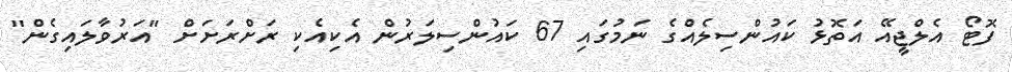
ފޮޓޯ އެލްޖީއޭ އަތޮޅު ކައުންސިލެއްގެ ނަމުގައި 67 ކައުންސިލަރުން އެކިއެކި ރަށްރަށަށް "އަރުވާލައިގެން"